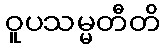
ဝူပသမ္မတီတိ